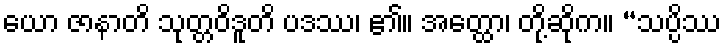
ယော ဇာနာတိ သုတ္တဝိဒူတိ ပဒဿ၊ ၏။ အတ္ထော၊ တို့ဆိုက။ “သပ္ပိဿ